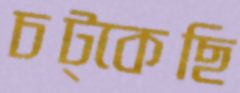
চট্‌কেছি